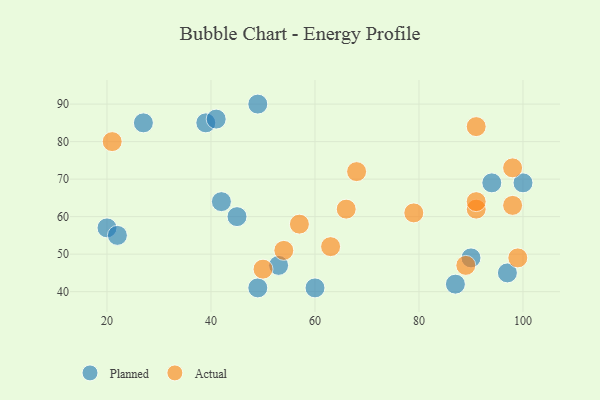
{"axis": {"x": "GDP", "y": "Life Expectancy"}, "legend": ["Actual", "Planned"], "data": [{"x": "49", "y": 90, "type": "Planned"}, {"x": "100", "y": 69, "type": "Planned"}, {"x": "60", "y": 41, "type": "Planned"}, {"x": "42", "y": 64, "type": "Planned"}, {"x": "49", "y": 41, "type": "Planned"}, {"x": "20", "y": 57, "type": "Planned"}, {"x": "94", "y": 69, "type": "Planned"}, {"x": "87", "y": 42, "type": "Planned"}, {"x": "53", "y": 47, "type": "Planned"}, {"x": "39", "y": 85, "type": "Planned"}, {"x": "27", "y": 85, "type": "Planned"}, {"x": "90", "y": 49, "type": "Planned"}, {"x": "22", "y": 55, "type": "Planned"}, {"x": "97", "y": 45, "type": "Planned"}, {"x": "45", "y": 60, "type": "Planned"}, {"x": "41", "y": 86, "type": "Planned"}, {"x": "98", "y": 63, "type": "Actual"}, {"x": "99", "y": 49, "type": "Actual"}, {"x": "79", "y": 61, "type": "Actual"}, {"x": "91", "y": 62, "type": "Actual"}, {"x": "63", "y": 52, "type": "Actual"}, {"x": "57", "y": 58, "type": "Actual"}, {"x": "66", "y": 62, "type": "Actual"}, {"x": "91", "y": 64, "type": "Actual"}, {"x": "91", "y": 84, "type": "Actual"}, {"x": "98", "y": 73, "type": "Actual"}, {"x": "54", "y": 51, "type": "Actual"}, {"x": "21", "y": 80, "type": "Actual"}, {"x": "68", "y": 72, "type": "Actual"}, {"x": "89", "y": 47, "type": "Actual"}, {"x": "50", "y": 46, "type": "Actual"}]}